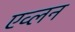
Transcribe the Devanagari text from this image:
एव्लन